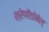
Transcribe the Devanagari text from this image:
श्रेणीङोबेल्